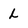
Character: L